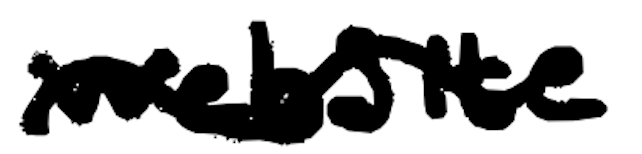
Text: website
Cross-out: wave
Writing tool: digital_black